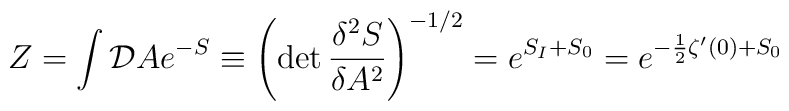
Z=\int {\cal D}Ae^{-S}\equiv \left(\det\frac{\delta^2S}{\delta A^2}      \right)^{-1/2}=e^{S_I+S_0}=      e^{-\frac{1}{2}\zeta'(0)+S_0}